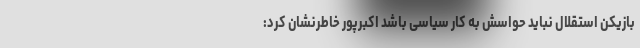
بازیکن استقلال نباید حواسش به کار سیاسی باشد اکبرپور خاطرنشان کرد: